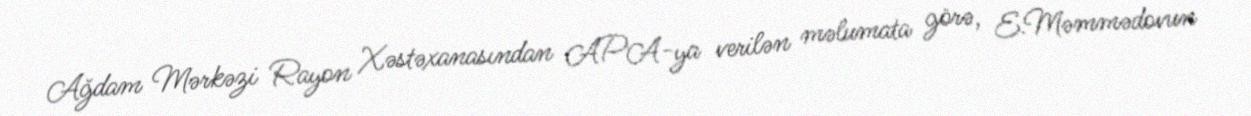
Ağdam Mərkəzi Rayon Xəstəxanasından APA-ya verilən məlumata görə, E.Məmmədovun